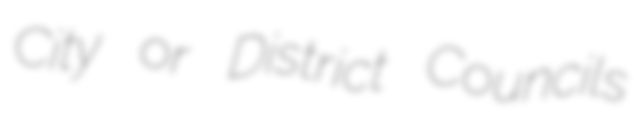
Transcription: City or District Councils